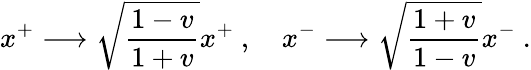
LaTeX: x^{+}\longrightarrow\sqrt{{\frac{1-v}{1+v}}}x^{+}\ ,\ \ \ \ x^{-}\longrightarrow\sqrt{{\frac{1+v}{1-v}}}x^{-}\ .